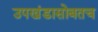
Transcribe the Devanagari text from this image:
उपखंडासोबतच